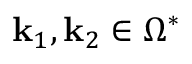
\mathbf { k } _ { 1 } , \mathbf { k } _ { 2 } \in \Omega ^ { * }